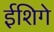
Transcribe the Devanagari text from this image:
ईशिगे